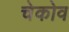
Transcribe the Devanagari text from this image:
चेकोव